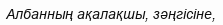
Албанның ақалақшы, зәңгісіне,